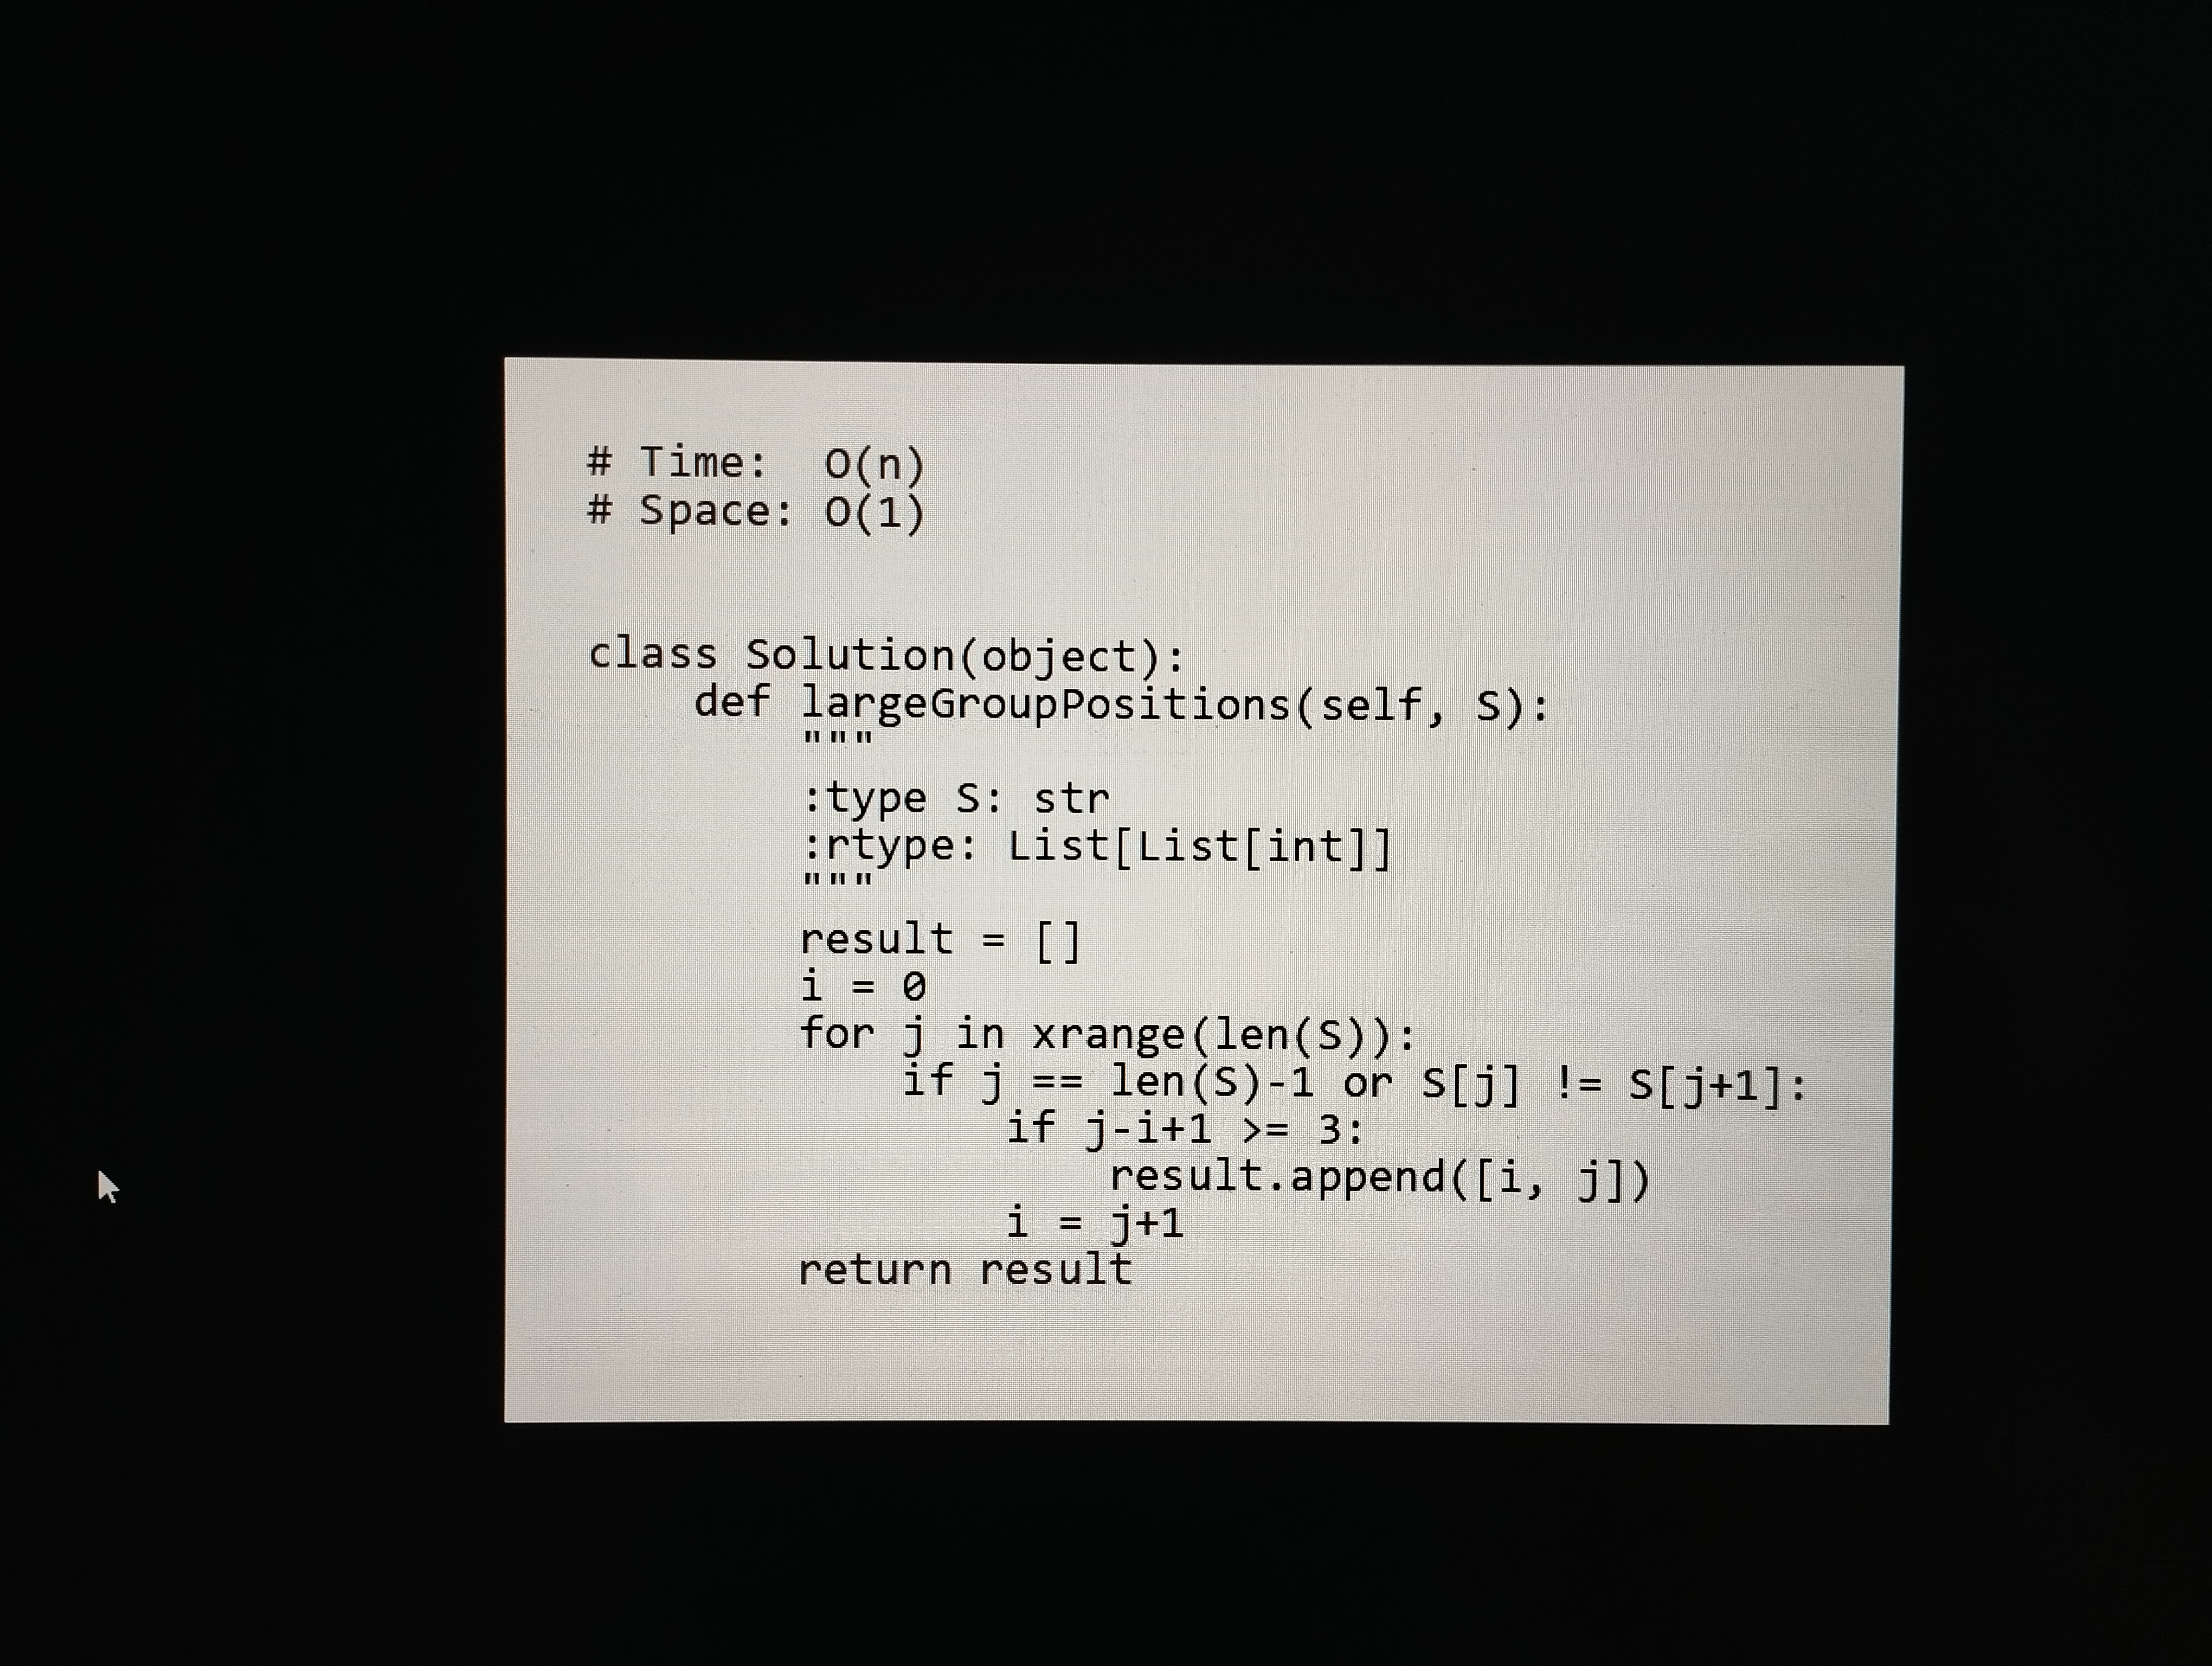
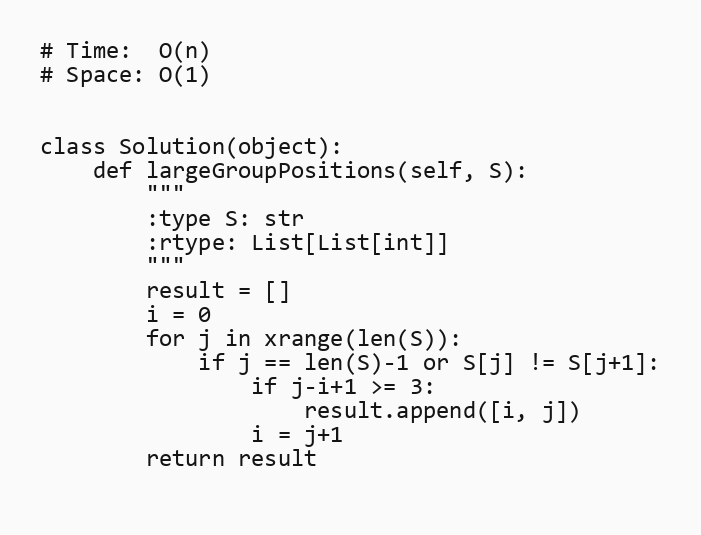
# Time:  O(n)
# Space: O(1)

class Solution(object):
    def largeGroupPositions(self, S):
        """
        :type S: str
        :rtype: List[List[int]]
        """
        result = []
        i = 0
        for j in xrange(len(S)):
            if j == len(S)-1 or S[j] != S[j+1]:
                if j-i+1 >= 3:
                    result.append([i, j])
                i = j+1
        return result